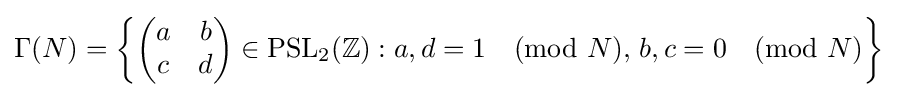
\Gamma (N)=\left\{{\begin{pmatrix}a&b\\c&d\end{pmatrix}}\in \mathrm {PSL} _{2}(\mathbb {Z} ):a,d=1{\pmod {N}},\,b,c=0{\pmod {N}}\right\}